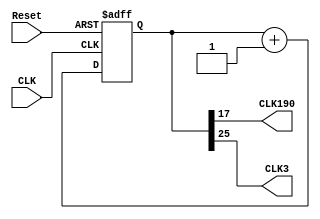
`timescale 1ns / 1ps
//////////////////////////////////////////////////////////////////////////////////
// Company: 
// Engineer: 
// 
// Design Name: 
// Module Name: clk_div
// Project Name: 
// Target Devices: 
// Tool Versions: 
// Description: 
// 
// Dependencies: 
// 
// Revision:
// Revision 0.01 - File Created
// Additional Comments:
// 
//////////////////////////////////////////////////////////////////////////////////


module clk_div(
    input CLK,
    input Reset,
    output CLK190,
    output CLK3
    );
    
reg [25:0] wires;

always @(posedge CLK or negedge Reset)
begin
     if(Reset==0)begin
        wires<=0;
     end
     else begin
        wires<=wires+1;
     end
end

assign CLK190=wires[17];// ????????
assign CLK3=wires[25];//????????????

endmodule